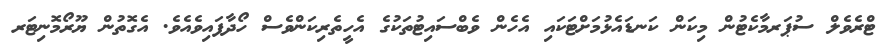
ޓްރެވެލް ސުޕަރމާކެޓުން މިކަން ކަނޑައެޅުމަށްޓަކައި އެހެން ވެބްސައިޓުތަކުގެ އެހީތެރިކަންވެސް ހޯދާފައިވެއެވެ. އެގޮތުން ޔޫރޯމޮނިޓަރ